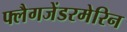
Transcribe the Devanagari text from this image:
फ्लैगजेंडरमेरिन